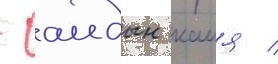
- аидын каия /